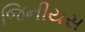
જિનીયસ